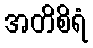
အတိစိရံ